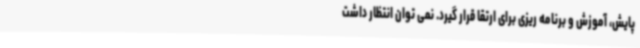
پایش، آموزش و برنامه ریزی برای ارتقا قرار گیرد. نمی توان انتظار داشت